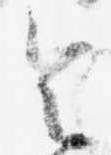
令